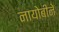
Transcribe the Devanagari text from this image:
नायोबीने